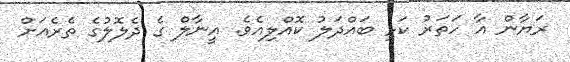
ރަޔާން އާ ހަތަރު ކަޅި ބައްދަލު ކޮއްލިއެވެ. އީނާލް ގެ ދެލޮލުގެ ތެރެއަށް